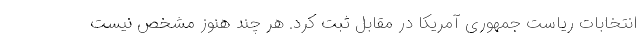
انتخابات ریاست جمهوری آمریکا در مقابل ثبت کرد. هر چند هنوز مشخص نیست